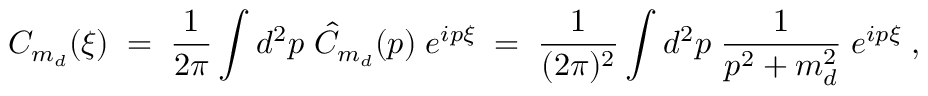
C _ { m _ { d } } ( \xi ) \; = \; \frac { 1 } { 2 \pi } \int d ^ { 2 } p \; \hat { C } _ { m _ { d } } ( p ) \; e ^ { i p \xi } \; = \; \frac { 1 } { ( 2 \pi ) ^ { 2 } } \int d ^ { 2 } p \; \frac { 1 } { p ^ { 2 } + m _ { d } ^ { 2 } } \; e ^ { i p \xi } \; ,